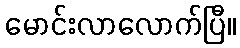
မောင်းလာလောက်ပြီ။